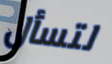
لتسأل